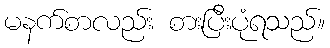
မနက်စာလည်း စားပြီးပုံရသည်။